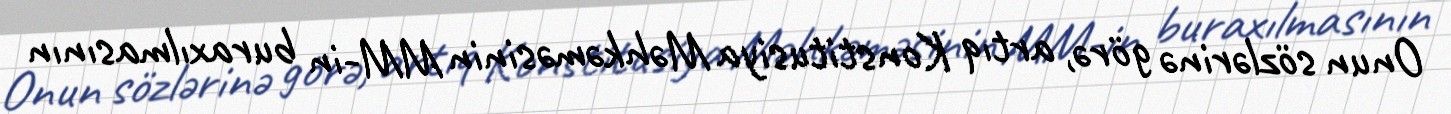
Onun sözlərinə görə, artıq Konstitusiya Məhkəməsinin MM-in buraxılmasının